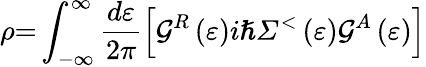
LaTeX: \rho{=}\int_{{-}{\infty}}^{{\infty}}{\frac{d\varepsilon}{{2}\pi}\left[{\mathcal{G}}^{R}\left(\varepsilon\right)i{\hslash}{\mathit{\Sigma}}^{{<}}\left(\varepsilon\right){\mathcal{G}}^{A}\left(\varepsilon\right)\right]}